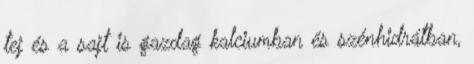
tej és a sajt is gazdag kalciumban és szénhidrátban,